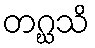
တဂ္ဃသိ